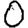
Digit: 0